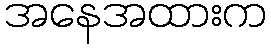
အနေအထားက